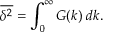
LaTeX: { \overline { { \delta ^ { 2 } } } } = \int _ { 0 } ^ { \infty } G ( k ) \; d k .